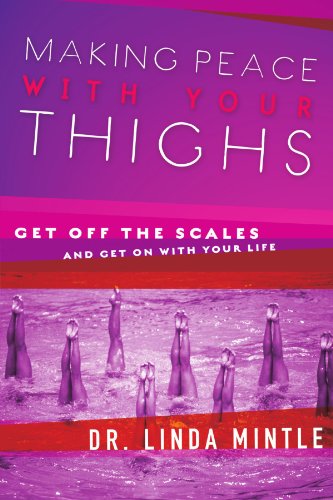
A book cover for Making Peace With Your Thighs: Get Off the Scales and Get On with Your Life; Linda Mintle; Health, Fitness & Dieting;